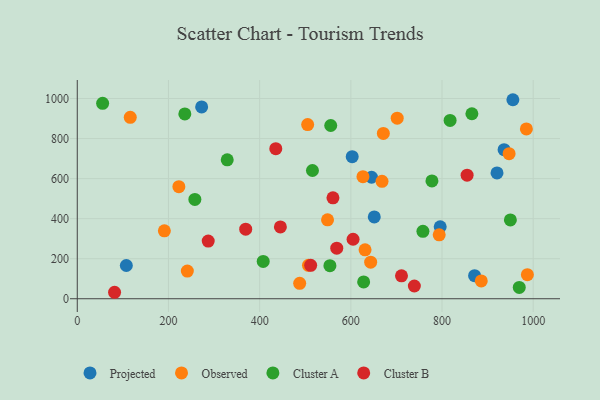
{"axis": {"x": "Price", "y": "Yield"}, "legend": ["Cluster A", "Cluster B", "Observed", "Projected"], "data": [{"x": "645.4", "y": 606.7, "type": "Projected"}, {"x": "107.6", "y": 166.1, "type": "Projected"}, {"x": "272.8", "y": 957.9, "type": "Projected"}, {"x": "936.1", "y": 744.5, "type": "Projected"}, {"x": "955.4", "y": 993.9, "type": "Projected"}, {"x": "871.4", "y": 115.2, "type": "Projected"}, {"x": "651.4", "y": 408.6, "type": "Projected"}, {"x": "603.0", "y": 709.4, "type": "Projected"}, {"x": "796.0", "y": 359.5, "type": "Projected"}, {"x": "920.6", "y": 628.5, "type": "Projected"}, {"x": "191.0", "y": 339.3, "type": "Observed"}, {"x": "671.3", "y": 825.5, "type": "Observed"}, {"x": "487.8", "y": 77.0, "type": "Observed"}, {"x": "631.2", "y": 244.2, "type": "Observed"}, {"x": "947.1", "y": 724.6, "type": "Observed"}, {"x": "886.1", "y": 89.0, "type": "Observed"}, {"x": "116.2", "y": 905.9, "type": "Observed"}, {"x": "548.9", "y": 394.2, "type": "Observed"}, {"x": "222.8", "y": 559.6, "type": "Observed"}, {"x": "626.6", "y": 609.5, "type": "Observed"}, {"x": "701.7", "y": 901.8, "type": "Observed"}, {"x": "985.0", "y": 848.0, "type": "Observed"}, {"x": "987.2", "y": 120.2, "type": "Observed"}, {"x": "507.1", "y": 166.7, "type": "Observed"}, {"x": "241.4", "y": 138.1, "type": "Observed"}, {"x": "643.5", "y": 182.8, "type": "Observed"}, {"x": "505.3", "y": 869.8, "type": "Observed"}, {"x": "793.8", "y": 319.2, "type": "Observed"}, {"x": "668.4", "y": 586.6, "type": "Observed"}, {"x": "55.6", "y": 975.8, "type": "Cluster A"}, {"x": "555.9", "y": 865.2, "type": "Cluster A"}, {"x": "328.9", "y": 693.8, "type": "Cluster A"}, {"x": "235.9", "y": 922.8, "type": "Cluster A"}, {"x": "515.8", "y": 640.4, "type": "Cluster A"}, {"x": "257.9", "y": 496.1, "type": "Cluster A"}, {"x": "777.9", "y": 588.4, "type": "Cluster A"}, {"x": "969.4", "y": 56.5, "type": "Cluster A"}, {"x": "817.7", "y": 890.4, "type": "Cluster A"}, {"x": "758.1", "y": 336.6, "type": "Cluster A"}, {"x": "407.8", "y": 186.2, "type": "Cluster A"}, {"x": "554.1", "y": 165.3, "type": "Cluster A"}, {"x": "628.1", "y": 84.0, "type": "Cluster A"}, {"x": "949.9", "y": 393.8, "type": "Cluster A"}, {"x": "865.5", "y": 923.8, "type": "Cluster A"}, {"x": "511.9", "y": 166.7, "type": "Cluster B"}, {"x": "711.1", "y": 114.6, "type": "Cluster B"}, {"x": "855.0", "y": 617.1, "type": "Cluster B"}, {"x": "739.3", "y": 63.7, "type": "Cluster B"}, {"x": "435.4", "y": 749.5, "type": "Cluster B"}, {"x": "287.2", "y": 287.8, "type": "Cluster B"}, {"x": "604.9", "y": 297.1, "type": "Cluster B"}, {"x": "560.8", "y": 503.8, "type": "Cluster B"}, {"x": "81.8", "y": 32.3, "type": "Cluster B"}, {"x": "569.1", "y": 252.4, "type": "Cluster B"}, {"x": "369.4", "y": 347.5, "type": "Cluster B"}, {"x": "445.5", "y": 358.9, "type": "Cluster B"}]}